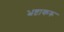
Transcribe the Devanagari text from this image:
भ्रष्टाकरू